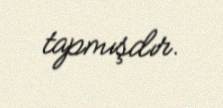
tapmışdır.